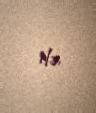
ilə.